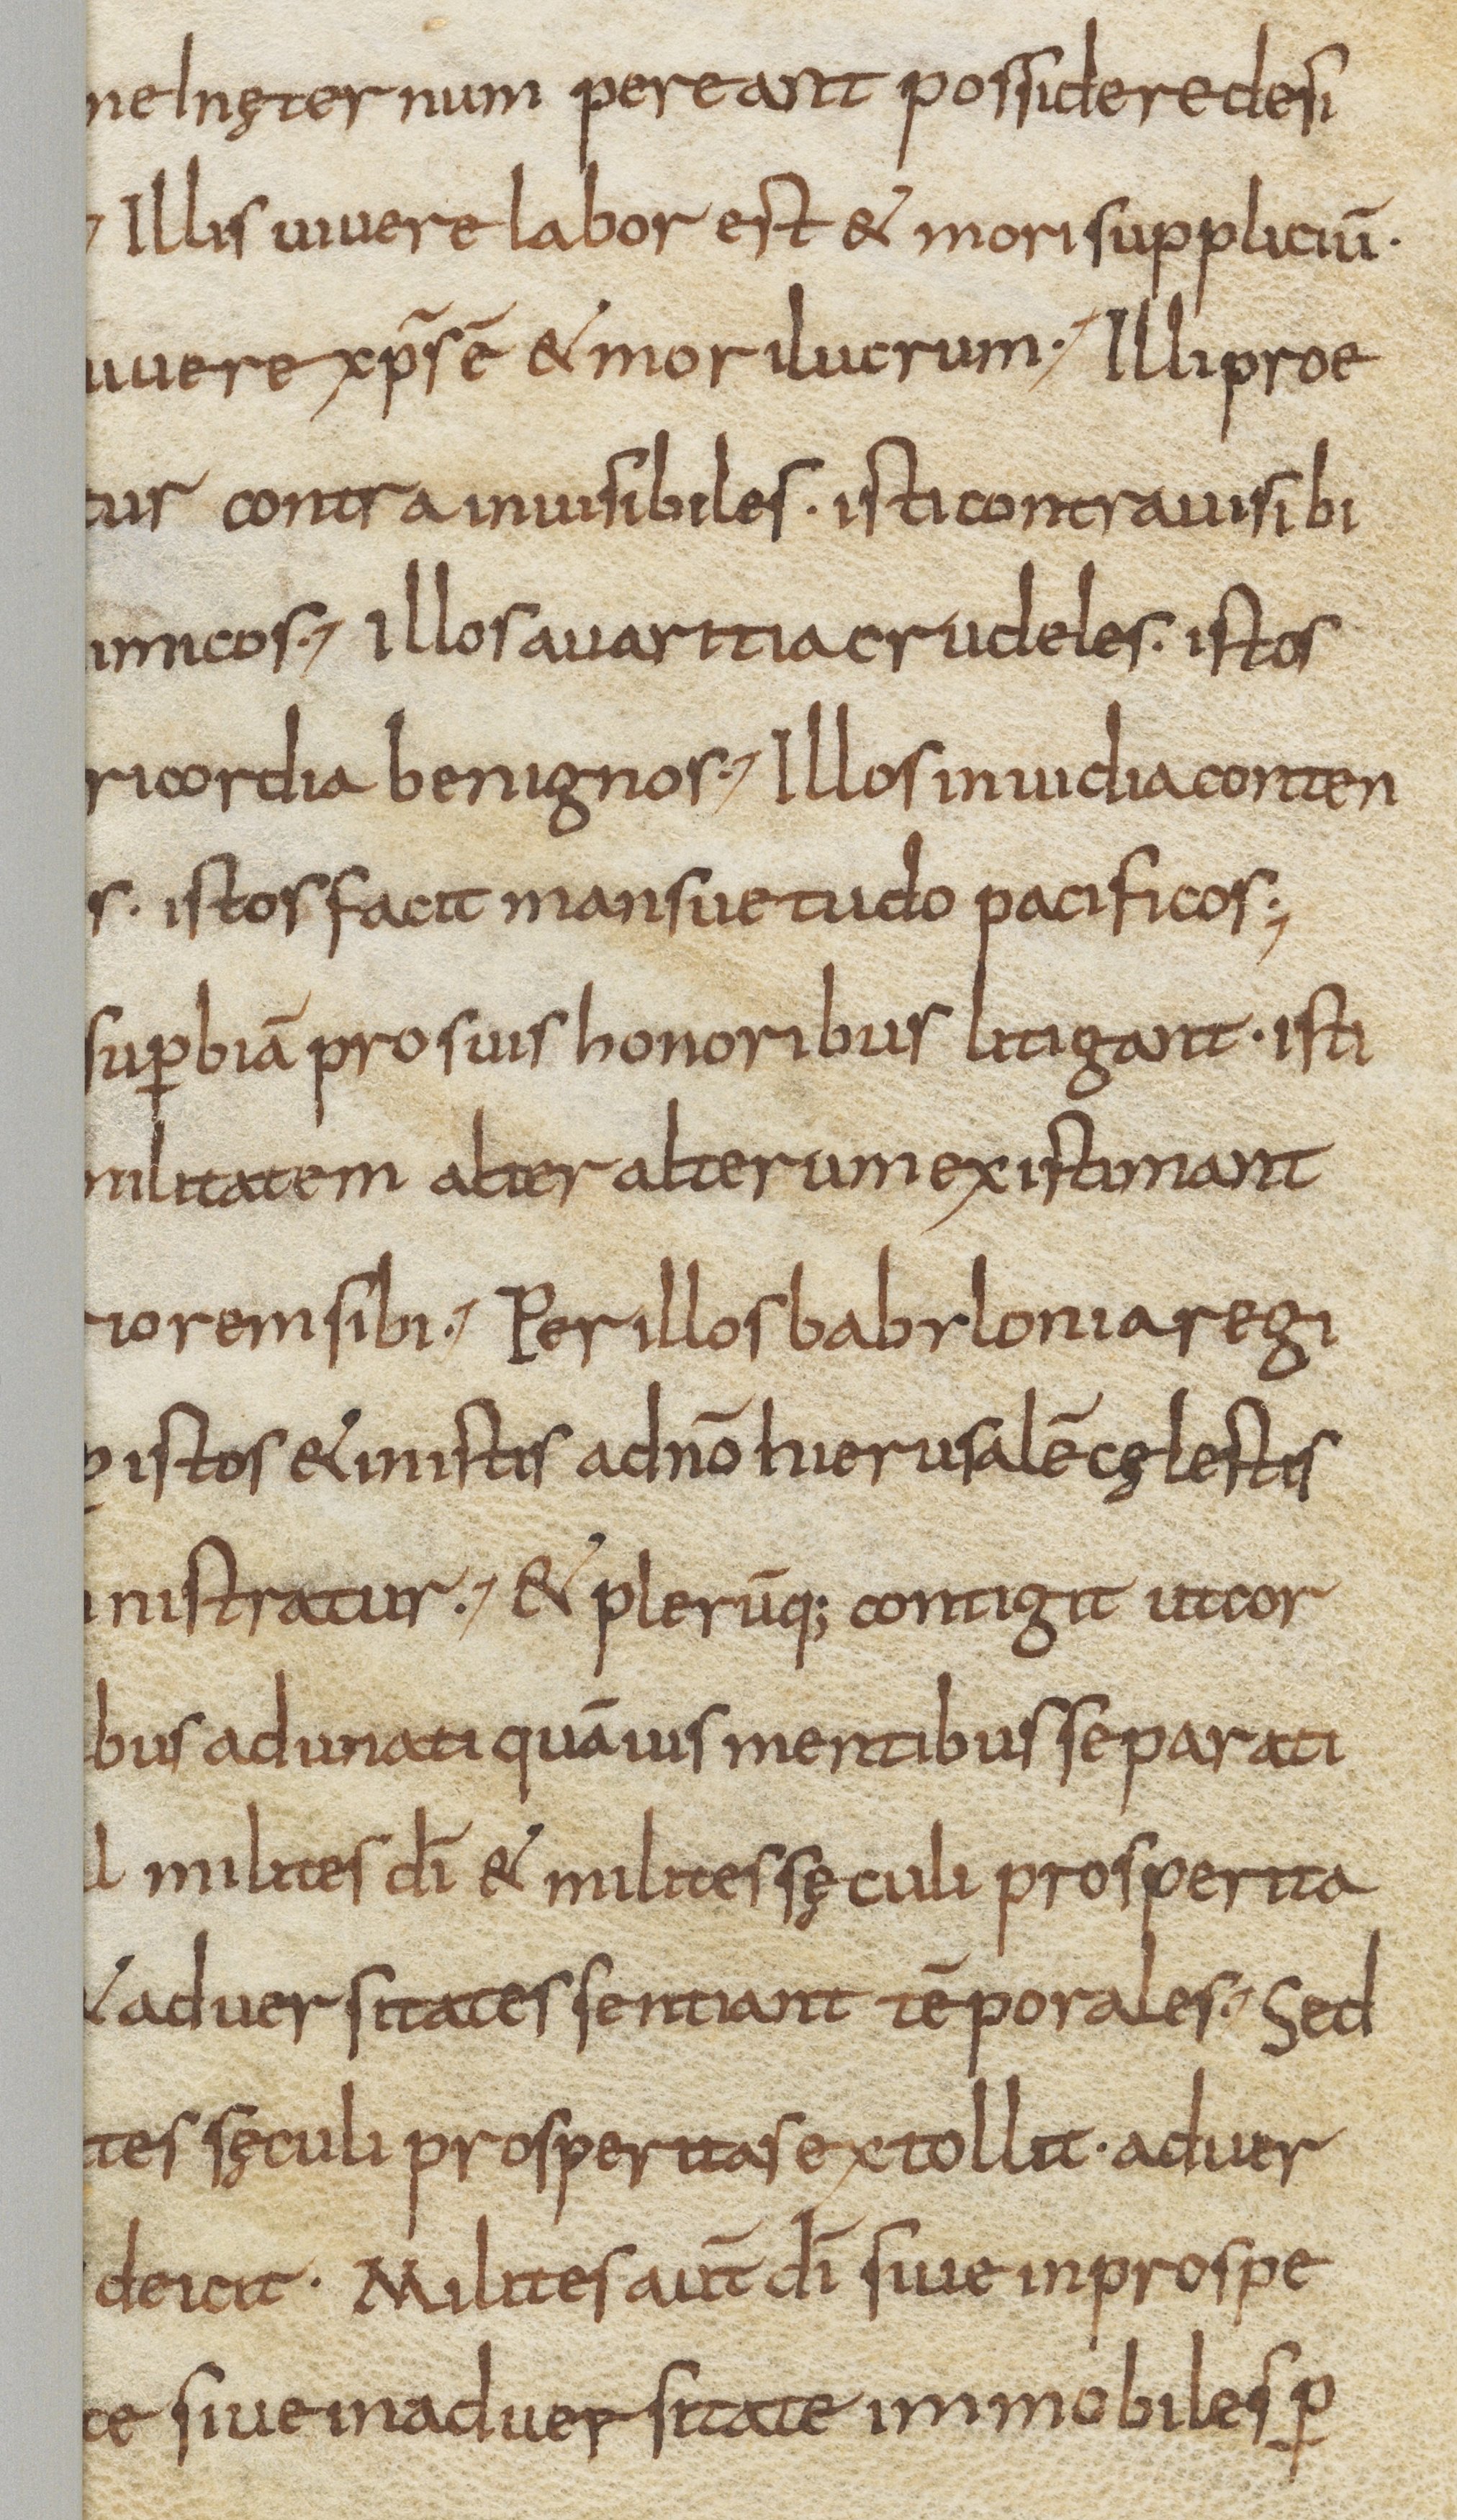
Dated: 800–899